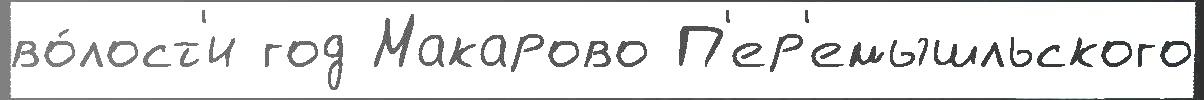
во́лост'и год Макарово П'ер'емышльского